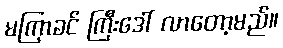
မကြာခင် ကြီးဒေါ် လာတော့မည်။